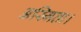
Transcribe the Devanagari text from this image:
अस्मिता।